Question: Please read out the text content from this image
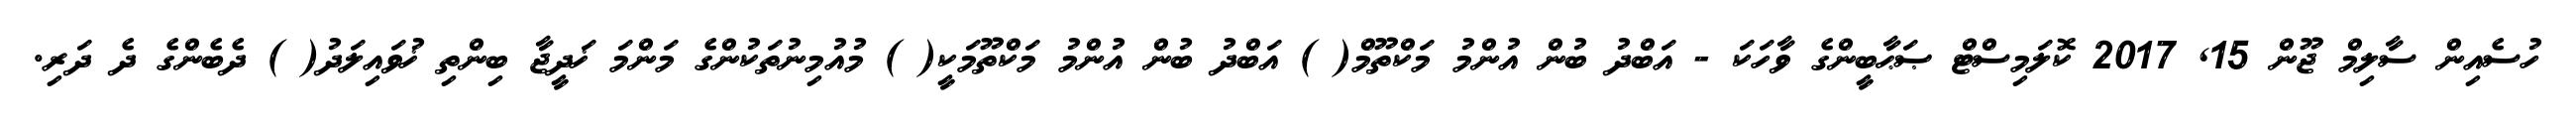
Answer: ހުސެއިން ސާލިމް ޖޫން 15, 2017 ކޮލަމިސްޓް ޞަޙާބީންގެ ވާހަކަ - އަބްދު ބުން އުންމު މަކްތޫމް( ) އަބްދު ބުން އުންމު މަކްތޫމަކީ( ) މުއުމިނުތަކުންގެ މަންމަ ޚަދީޖާ ބިންތި ޚުވައިލަދު( ) ދެބެންގެ ދެ ދަރި.